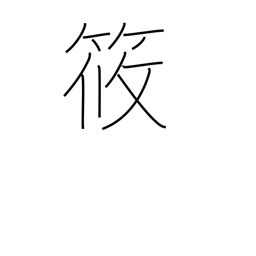
Meaning: diminutive in person's name